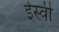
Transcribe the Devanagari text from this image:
र्इस्वी